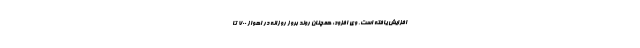
افزایش یافته است. وی افزود: همچنان روند بروز روزانه در اهواز ۷۰۰ تا